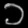
Digit: ၁